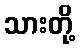
သားတို့